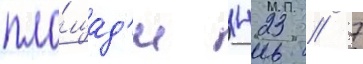
пло́щад'и 1423 / 7